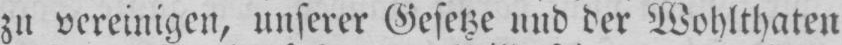
zu vereinigen, unserer Gesetze und der Wohlthaten